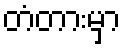
တံတားမှာ